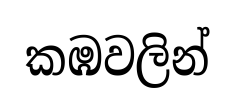
කඹවලින්